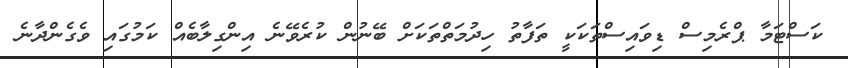
ކަސްޓަމާ ޕްރެމިސް ޑިވައިސްތަކަކީ ތަފާތު ހިދުމަތްތަކަށް ބޭނުން ކުރެވޭނެ އިންގިލާބެއް ކަމުގައި ވެގެންދާނެ